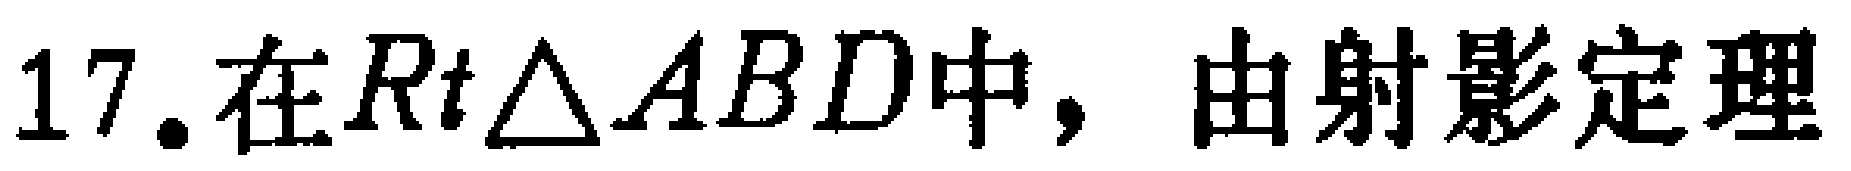
17.在$Rt\triangle ABD$中，由射影定理